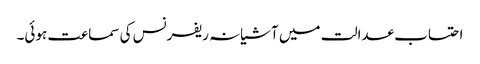
احتساب عدالت میں آشیانہ ریفرنس کی سماعت ہوئی۔